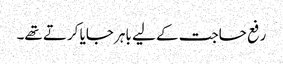
رفع حاجت کے لیے باہر جایا کرتے تھے۔